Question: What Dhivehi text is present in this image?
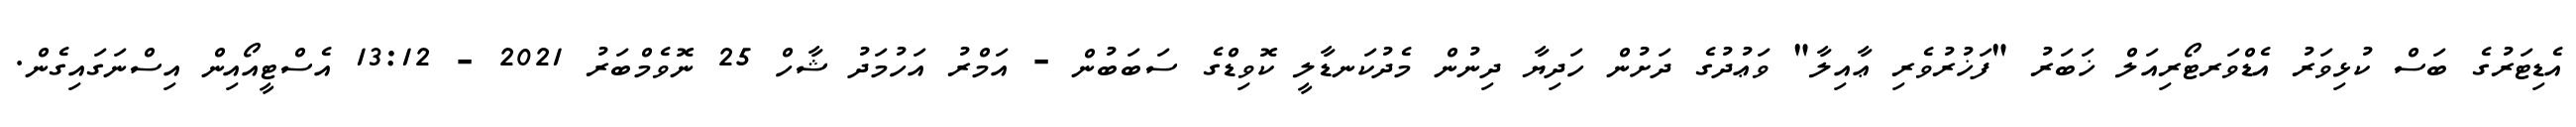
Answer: އެޑިޓަރުގެ ބަސް ކުޅިވަރު އެޑްވަރޓޯރިއަލް ޚަބަރު "ފަޚުރުވެރި ޢާއިލާ" ވަޢުދުގެ ދަށުން ހަދިޔާ ދިނުން މެދުކަނޑާލީ ކޮވިޑްގެ ސަބަބުން - އަމްރު އަހުމަދު ޝާހް 25 ނޮވެމްބަރު 2021 - 13:12 އެސްޓީއޯއިން އިސްނަގައިގެން.